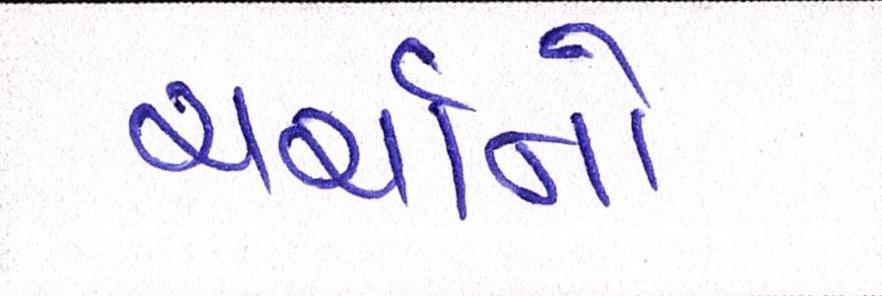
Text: ચર્ચાનો